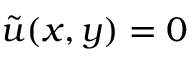
\tilde { u } ( x , y ) = 0